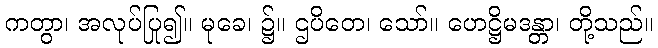
ကတွာ၊ အလုပ်ပြု၍။ မုခေ၊ ၌။ ဌပိတေ၊ သော်။ ဟေဋ္ဌိမဒန္တာ၊ တို့သည်။